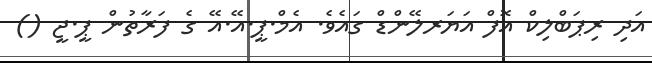
އަދި ރިޕަބްލިކް އޮފް އަޔަރލޭންޑް ގައެވެ. އެމް.ޕީ.އޭ.އޭ ގެ ފަރާތުން ޕީ.ޖީ ()